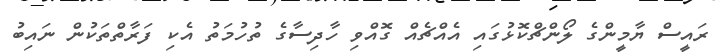
ރައީސް ޔާމީންގެ ލޯންޗްކޮޅުގައި އެއްޗެއް ގޮއްވި ހާދިސާގެ ތުހުމަތު އެކި ފަރާތްތަކުން ނައިބު